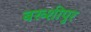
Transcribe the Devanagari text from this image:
बख्शीपुर